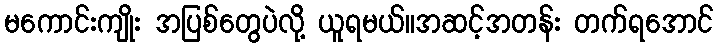
မကောင်းကျိုး အပြစ်တွေပဲလို့ ယူရမယ်။အဆင့်အတန်း တက်ရအောင်